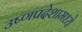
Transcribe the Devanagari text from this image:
उष्णप्रदेशामध्ये